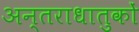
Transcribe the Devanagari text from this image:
अन्तराधातुकों